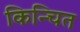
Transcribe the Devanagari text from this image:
किन्चित